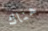
هناك